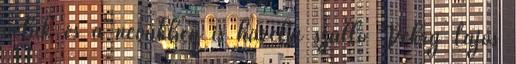
velük és a nevükben is harcba szálló Pekry Lajos